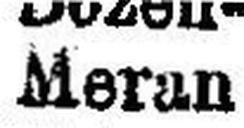
Meran